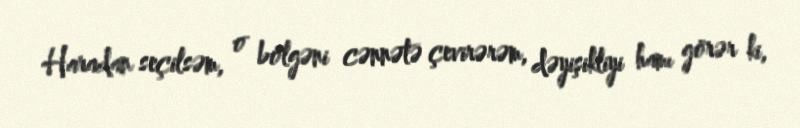
Haradan seçilsəm, o bölgəni cənnətə çevirərəm, dəyişikliyi hamı görər ki,